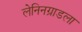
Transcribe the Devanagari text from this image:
लेनिनग्राडला